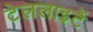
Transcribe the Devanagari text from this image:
टेललाइटें